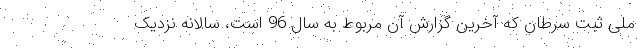
ملی ثبت سرطان که آخرین گزارش آن مربوط به سال 96 است، سالانه نزدیک